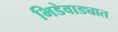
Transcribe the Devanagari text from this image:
भिडेवाड्यात